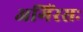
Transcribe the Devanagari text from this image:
अगिंरसः